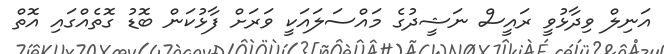
އަނިލް ވިދާޅުވީ ރައީސް ނަޝީދުގެ މައްސަލައަކީ ވަރަށް ފާޅުކަން ބޮޑު ގޮތެއްގައި އޮތް